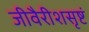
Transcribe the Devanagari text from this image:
जीवैरीशसृष्टं